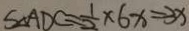
S _ { \Delta A D C } = \frac { 1 } { 2 } \times 6 x = 3 x